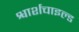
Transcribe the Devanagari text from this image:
श्वार्शचाइल्ड